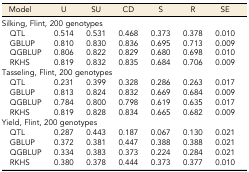
<table><thead><tr><td><b>Model</b></td><td><b>U</b></td><td><b>SU</b></td><td><b>CD</b></td><td><b>S</b></td><td><b>R</b></td><td><b>SE</b></td></tr></thead><tbody><tr><td colspan="7">Silking, Flint, 200 genotypes</td></tr><tr><td> QTL</td><td>0.514</td><td>0.531</td><td>0.468</td><td>0.373</td><td>0.378</td><td>0.010</td></tr><tr><td> GBLUP</td><td>0.810</td><td>0.830</td><td>0.836</td><td>0.695</td><td>0.713</td><td>0.009</td></tr><tr><td> QGBLUP</td><td>0.806</td><td>0.822</td><td>0.829</td><td>0.680</td><td>0.698</td><td>0.010</td></tr><tr><td> RKHS</td><td>0.819</td><td>0.832</td><td>0.835</td><td>0.684</td><td>0.706</td><td>0.009</td></tr><tr><td colspan="7">Tasseling, Flint, 200 genotypes</td></tr><tr><td> QTL</td><td>0.231</td><td>0.399</td><td>0.328</td><td>0.286</td><td>0.263</td><td>0.017</td></tr><tr><td> GBLUP</td><td>0.813</td><td>0.824</td><td>0.832</td><td>0.669</td><td>0.684</td><td>0.009</td></tr><tr><td> QGBLUP</td><td>0.784</td><td>0.800</td><td>0.798</td><td>0.619</td><td>0.635</td><td>0.017</td></tr><tr><td> RKHS</td><td>0.819</td><td>0.828</td><td>0.834</td><td>0.665</td><td>0.682</td><td>0.009</td></tr><tr><td colspan="7">Yield, Flint, 200 genotypes</td></tr><tr><td> QTL</td><td>0.287</td><td>0.443</td><td>0.187</td><td>0.067</td><td>0.130</td><td>0.021</td></tr><tr><td> GBLUP</td><td>0.372</td><td>0.381</td><td>0.447</td><td>0.388</td><td>0.388</td><td>0.021</td></tr><tr><td> QGBLUP</td><td>0.334</td><td>0.383</td><td>0.373</td><td>0.224</td><td>0.284</td><td>0.021</td></tr><tr><td> RKHS</td><td>0.380</td><td>0.378</td><td>0.444</td><td>0.373</td><td>0.377</td><td>0.010</td></tr></tbody></table>